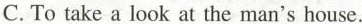
C. To take a look at the man's house.